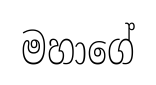
මහාගේ